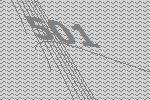
501